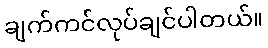
ချက်ကင်လုပ်ချင်ပါတယ်။